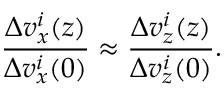
\frac { \Delta v _ { x } ^ { i } ( z ) } { \Delta v _ { x } ^ { i } ( 0 ) } \approx \frac { \Delta v _ { z } ^ { i } ( z ) } { \Delta v _ { z } ^ { i } ( 0 ) } .